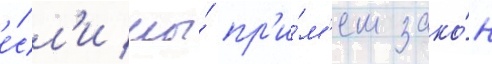
е́сл'и мы́ пр'и́м'ем зако́н